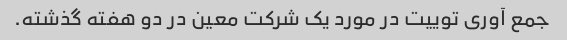
جمع آوری توییت در مورد یک شرکت معین در دو هفته گذشته.